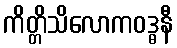
ကိတ္တိသိလောကဝဒ္ဓနီ